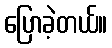
ပြောခဲ့တယ်။